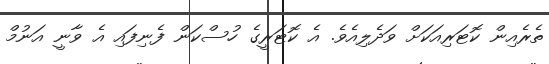
ތެރެއިން ކޮޓަރިއަކަށް ވަދެލިއެވެ. އެ ކޮޓަރީގެ ހުސްކަން ފެނިފައި އެ ވާނީ އަނުމް